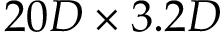
2 0 D \times 3 . 2 D